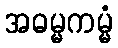
အဓမ္မကမ္မံ